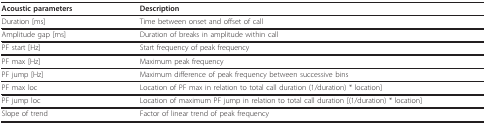
<table><thead><tr><td><b>Acoustic parameters</b></td><td><b>Description</b></td></tr></thead><tbody><tr><td>Duration [ms]</td><td>Time between onset and offset of call</td></tr><tr><td>Amplitude gap [ms]</td><td>Duration of breaks in amplitude within call</td></tr><tr><td>PF start [Hz]</td><td>Start frequency of peak frequency</td></tr><tr><td>PF max [Hz]</td><td>Maximum peak frequency</td></tr><tr><td>PF jump [Hz]</td><td>Maximum difference of peak frequency between successive bins</td></tr><tr><td>PF max loc</td><td>Location of PF max in relation to total call duration (1/duration) * location]</td></tr><tr><td>PF jump loc</td><td>Location of maximum PF jump in relation to total call duration [(1/duration) * location]</td></tr><tr><td>Slope of trend</td><td>Factor of linear trend of peak frequency</td></tr></tbody></table>